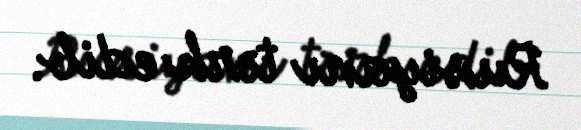
Rusiyanı tərk edib.